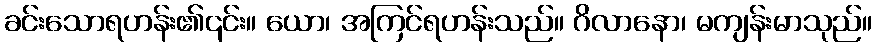
ခင်းသောရဟန်း၏၎င်း။ ယော၊ အကြင်ရဟန်းသည်။ ဂိလာနော၊ မကျန်းမာသုည်။